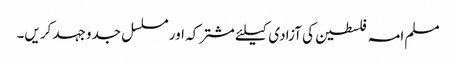
مسلم امہ فلسطین کی آزادی کیلئے مشترکہ اور مسلسل جدوجہد کریں۔